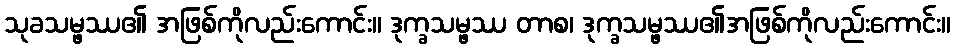
သုခသမ္ဖဿ၏ အဖြစ်ကိုလည်းကောင်း။ ဒုက္ခသမ္ဖဿ တာစ၊ ဒုက္ခသမ္ဖဿ၏အဖြစ်ကိုလည်းကောင်း။